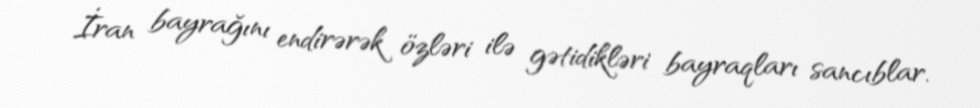
İran bayrağını endirərək özləri ilə gətidikləri bayraqları sancıblar.